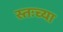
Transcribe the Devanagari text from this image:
स्तःच्या